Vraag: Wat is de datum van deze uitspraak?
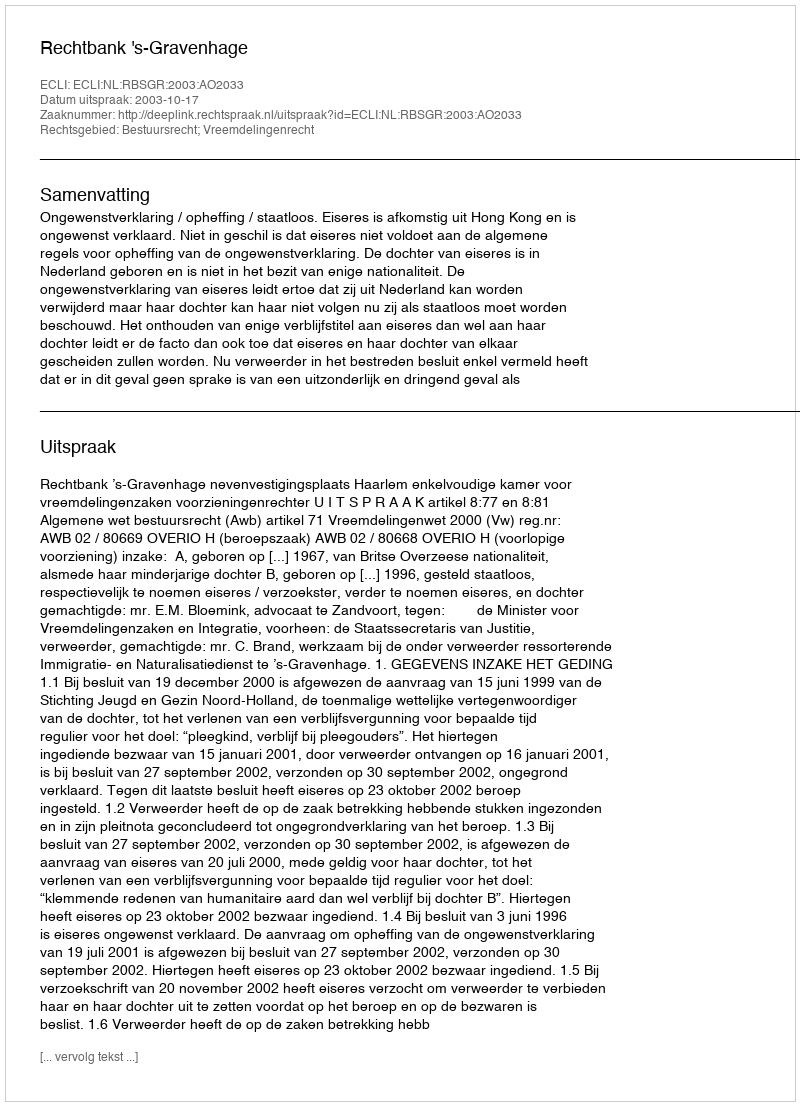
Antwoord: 2003-10-17